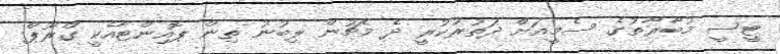
ޓީސީ މުބާރާތުގެ ސެމީއަށް ދަތުރުކުރީ ދެ މެޗުން ލިބުނު ތިން ޕޮއިންޓާއެކީ ގްރޫޕް